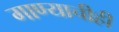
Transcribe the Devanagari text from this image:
गाण्याचीही